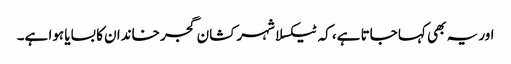
اور یہ بھی کہا جاتا ہے، کہ ٹیکسلا شہر کشان گجر خاندان کا بسایا ہوا ہے۔